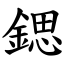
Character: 鍶